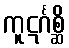
ကူဋင်္ဂစ္ဆိ